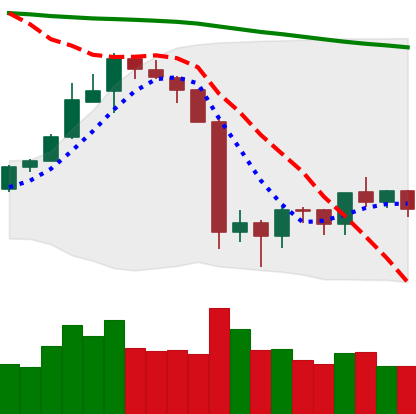
Ticker: ETH-USD
Chart end date: 2019-10-03
Forward return: 3.894%
Label: up_3_5